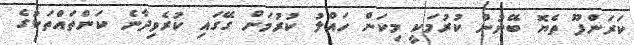
ކަރަންފޫ ތެޔޮ ބޭނުން ކުރުމަކީ މިކަން ހައްލު ކުރުމަށް ގޭގައި ކުރެވިދާނެ ކަންތައްތަކުގެ